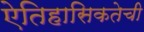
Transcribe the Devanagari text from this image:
ऐतिहासिकतेची